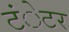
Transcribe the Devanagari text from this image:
टंेटर